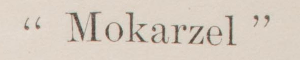
"Mokarzel"